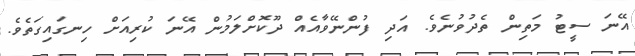
އޭނަ ސީޓު މަތިން ތެދުވުނެވެ. އަދި ފުންނޭވާއެއް ދޫކޮށްލަމުން އޭނަ ކުރިއަށް ހިނގައިގަތެވެ.